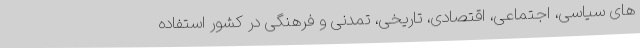
های سیاسی، اجتماعی، اقتصادی، تاریخی، تمدنی و فرهنگی در کشور استفاده